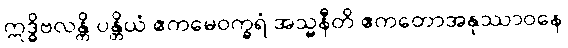
ဣဒ္ဓိဗလန္တိ ပန္တိယံ ဧကမေဝက္ခရံ အသ္မနီတိ ဧကတောအနုဿာဝနေ